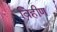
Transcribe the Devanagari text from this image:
विहीण